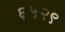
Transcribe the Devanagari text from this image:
६५२९